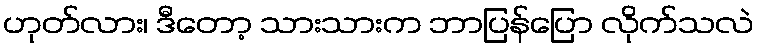
ဟုတ်လား၊ ဒီတော့ သားသားက ဘာပြန်ပြော လိုက်သလဲ